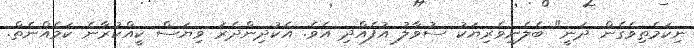
ނިކަމެތިވެގެން ދަނީ" ބެލެނިވެރިޔަކު ސުވާލު އުފެއްދި އެވެ. އެކުދިންދެރަ ވިޔަސް ކީއްކުރާނެ ކަމެއްނެތް.